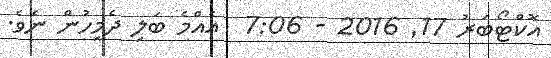
އޮކްޓޯބަރު 17